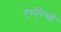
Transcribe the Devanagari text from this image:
एस्पेरेन्तो